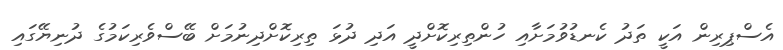
އެސްޕިރިން އަކީ ތަދު ކެނޑުވުމަށާއި ހުންތިރިކޮށްދީ އަދި ދުޅަ ތިރިކޮށްދިނުމަށް ބޭސްވެރިކަމުގެ ދުނިޔޭގައި